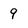
Character: 9